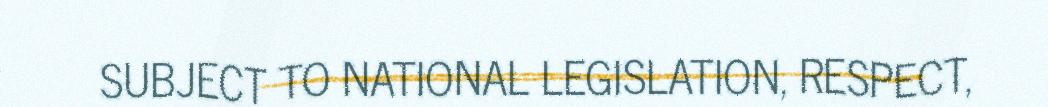
SUBJECT TO NATIONAL LEGISLATION, RESPECT,